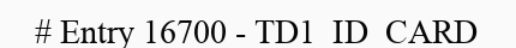
# Entry 16700 - TD1_ID_CARD